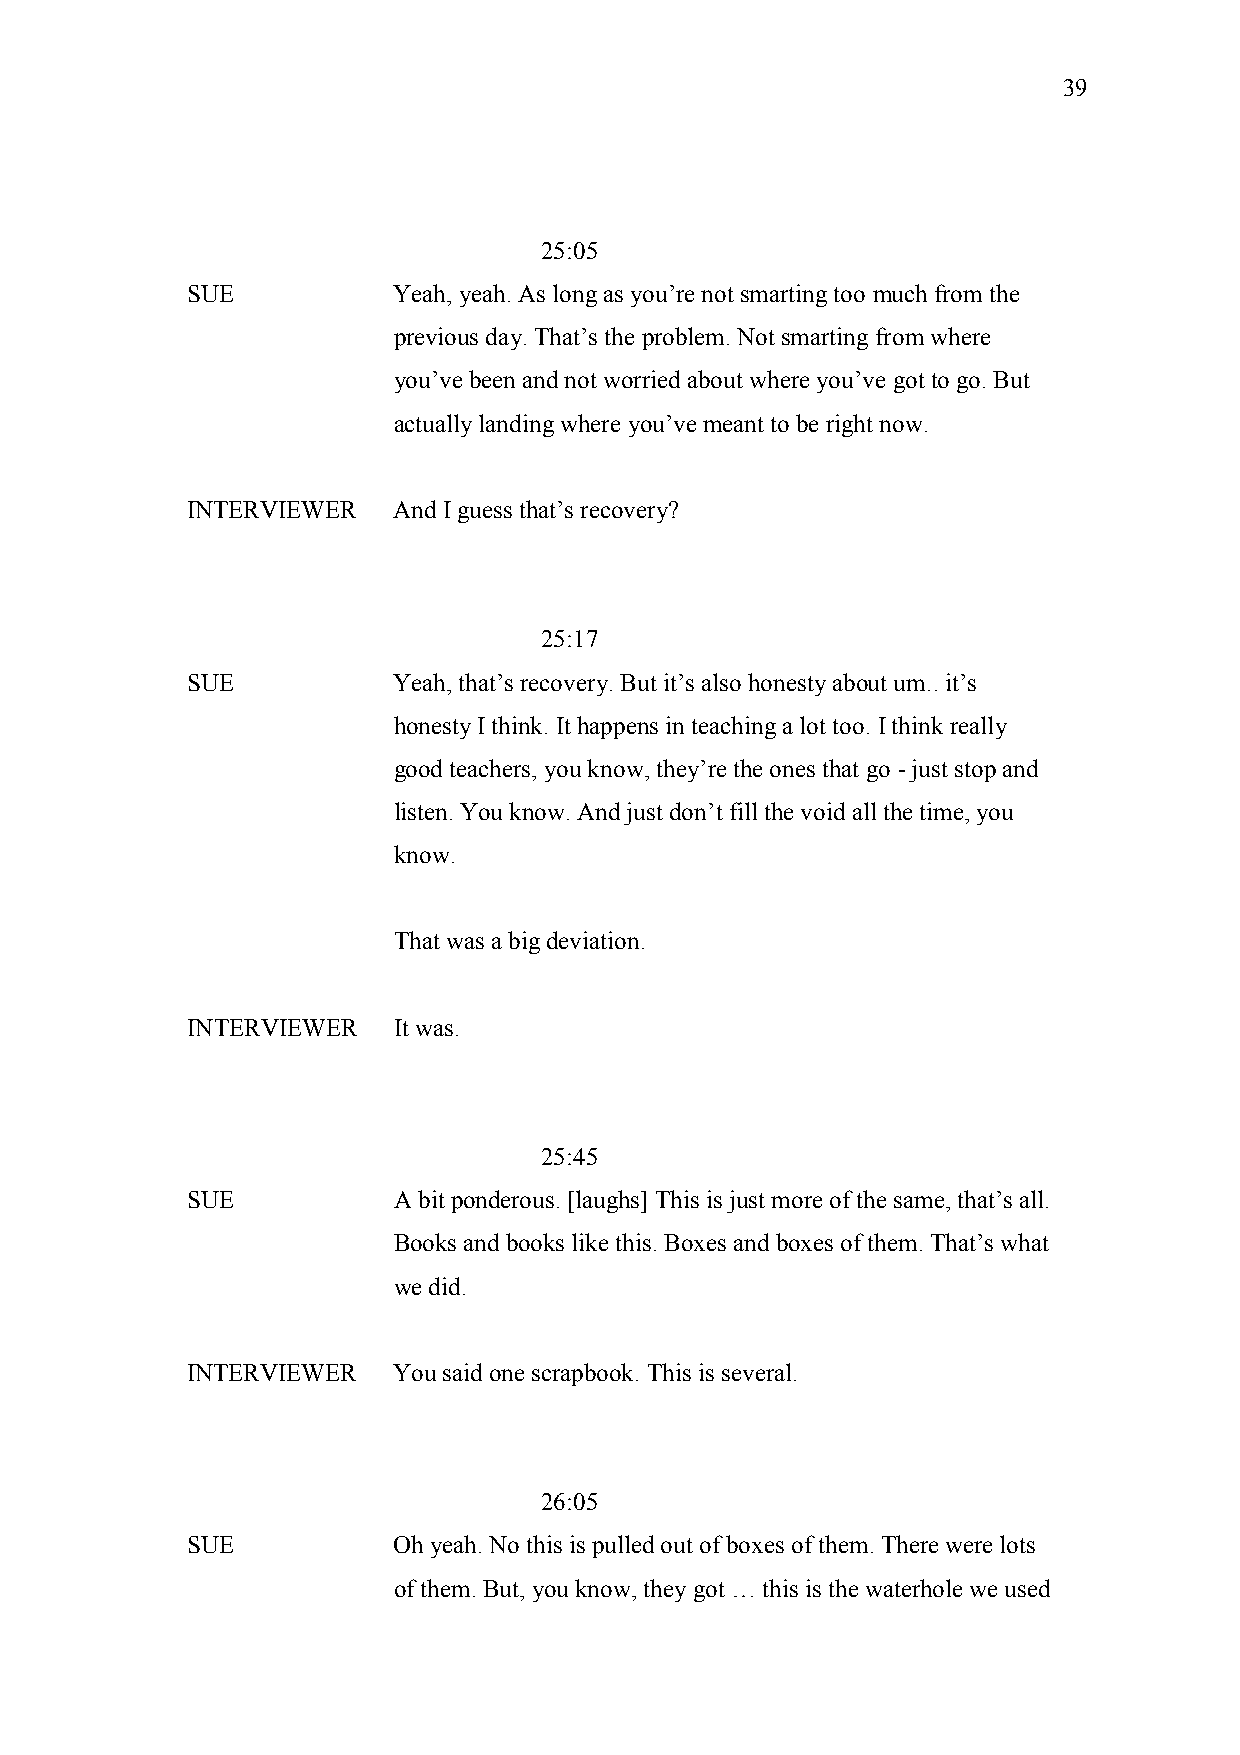
39
 25:05
 SUE           Yeah, yeah. As long as you’re not smarting too much from the
 previous day. That’s the problem. Not smarting from where
 you’ve been and not worried about where you’ve got to go. But
 actually landing where you’ve meant to be right now.
 INTERVIEWER   And I guess that’s recovery?
 25:17
 SUE           Yeah, that’s recovery. But it’s also honesty about um.. it’s
 honesty I think. It happens in teaching a lot too. I think really
 good teachers, you know, they’re the ones that go - just stop and
 listen. You know. And just don’t fill the void all the time, you
 know.
 That was a big deviation.
 INTERVIEWER   It was.
 25:45
 SUE           A bit ponderous. [laughs] This is just more of the same, that’s all.
 Books and books like this. Boxes and boxes of them. That’s what
 we did.
 INTERVIEWER   You said one scrapbook. This is several.
 26:05
 SUE           Oh yeah. No this is pulled out of boxes of them. There were lots
 of them. But, you know, they got … this is the waterhole we used